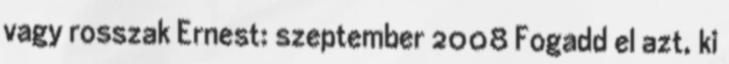
vagy rosszak Ernest: szeptember 2008 Fogadd el azt, ki